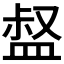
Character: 𥁽